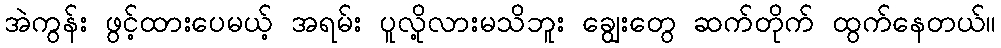
အဲကွန်း ဖွင့်ထားပေမယ့် အရမ်း ပူလို့လားမသိဘူး ချွေးတွေ ဆက်တိုက် ထွက်နေတယ်။